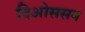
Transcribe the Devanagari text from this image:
दिओससन